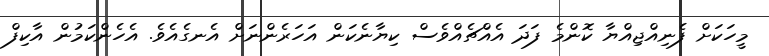
މީހަކަށް ފެނިއްޖިއްޔާ ކޮންމެ ފަދަ އެއްޗެއްވެސް ކިޔާނެކަން އަހަރެންނަށް އެނގެއެވެ. އެހެންކަމުން އާކިފް